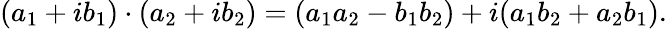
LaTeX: (a_{1}+ib_{1})\cdot(a_{2}+ib_{2})=(a_{1}a_{2}-b_{1}b_{2})+i(a_{1}b_{2}+a_{2}b_{1}).